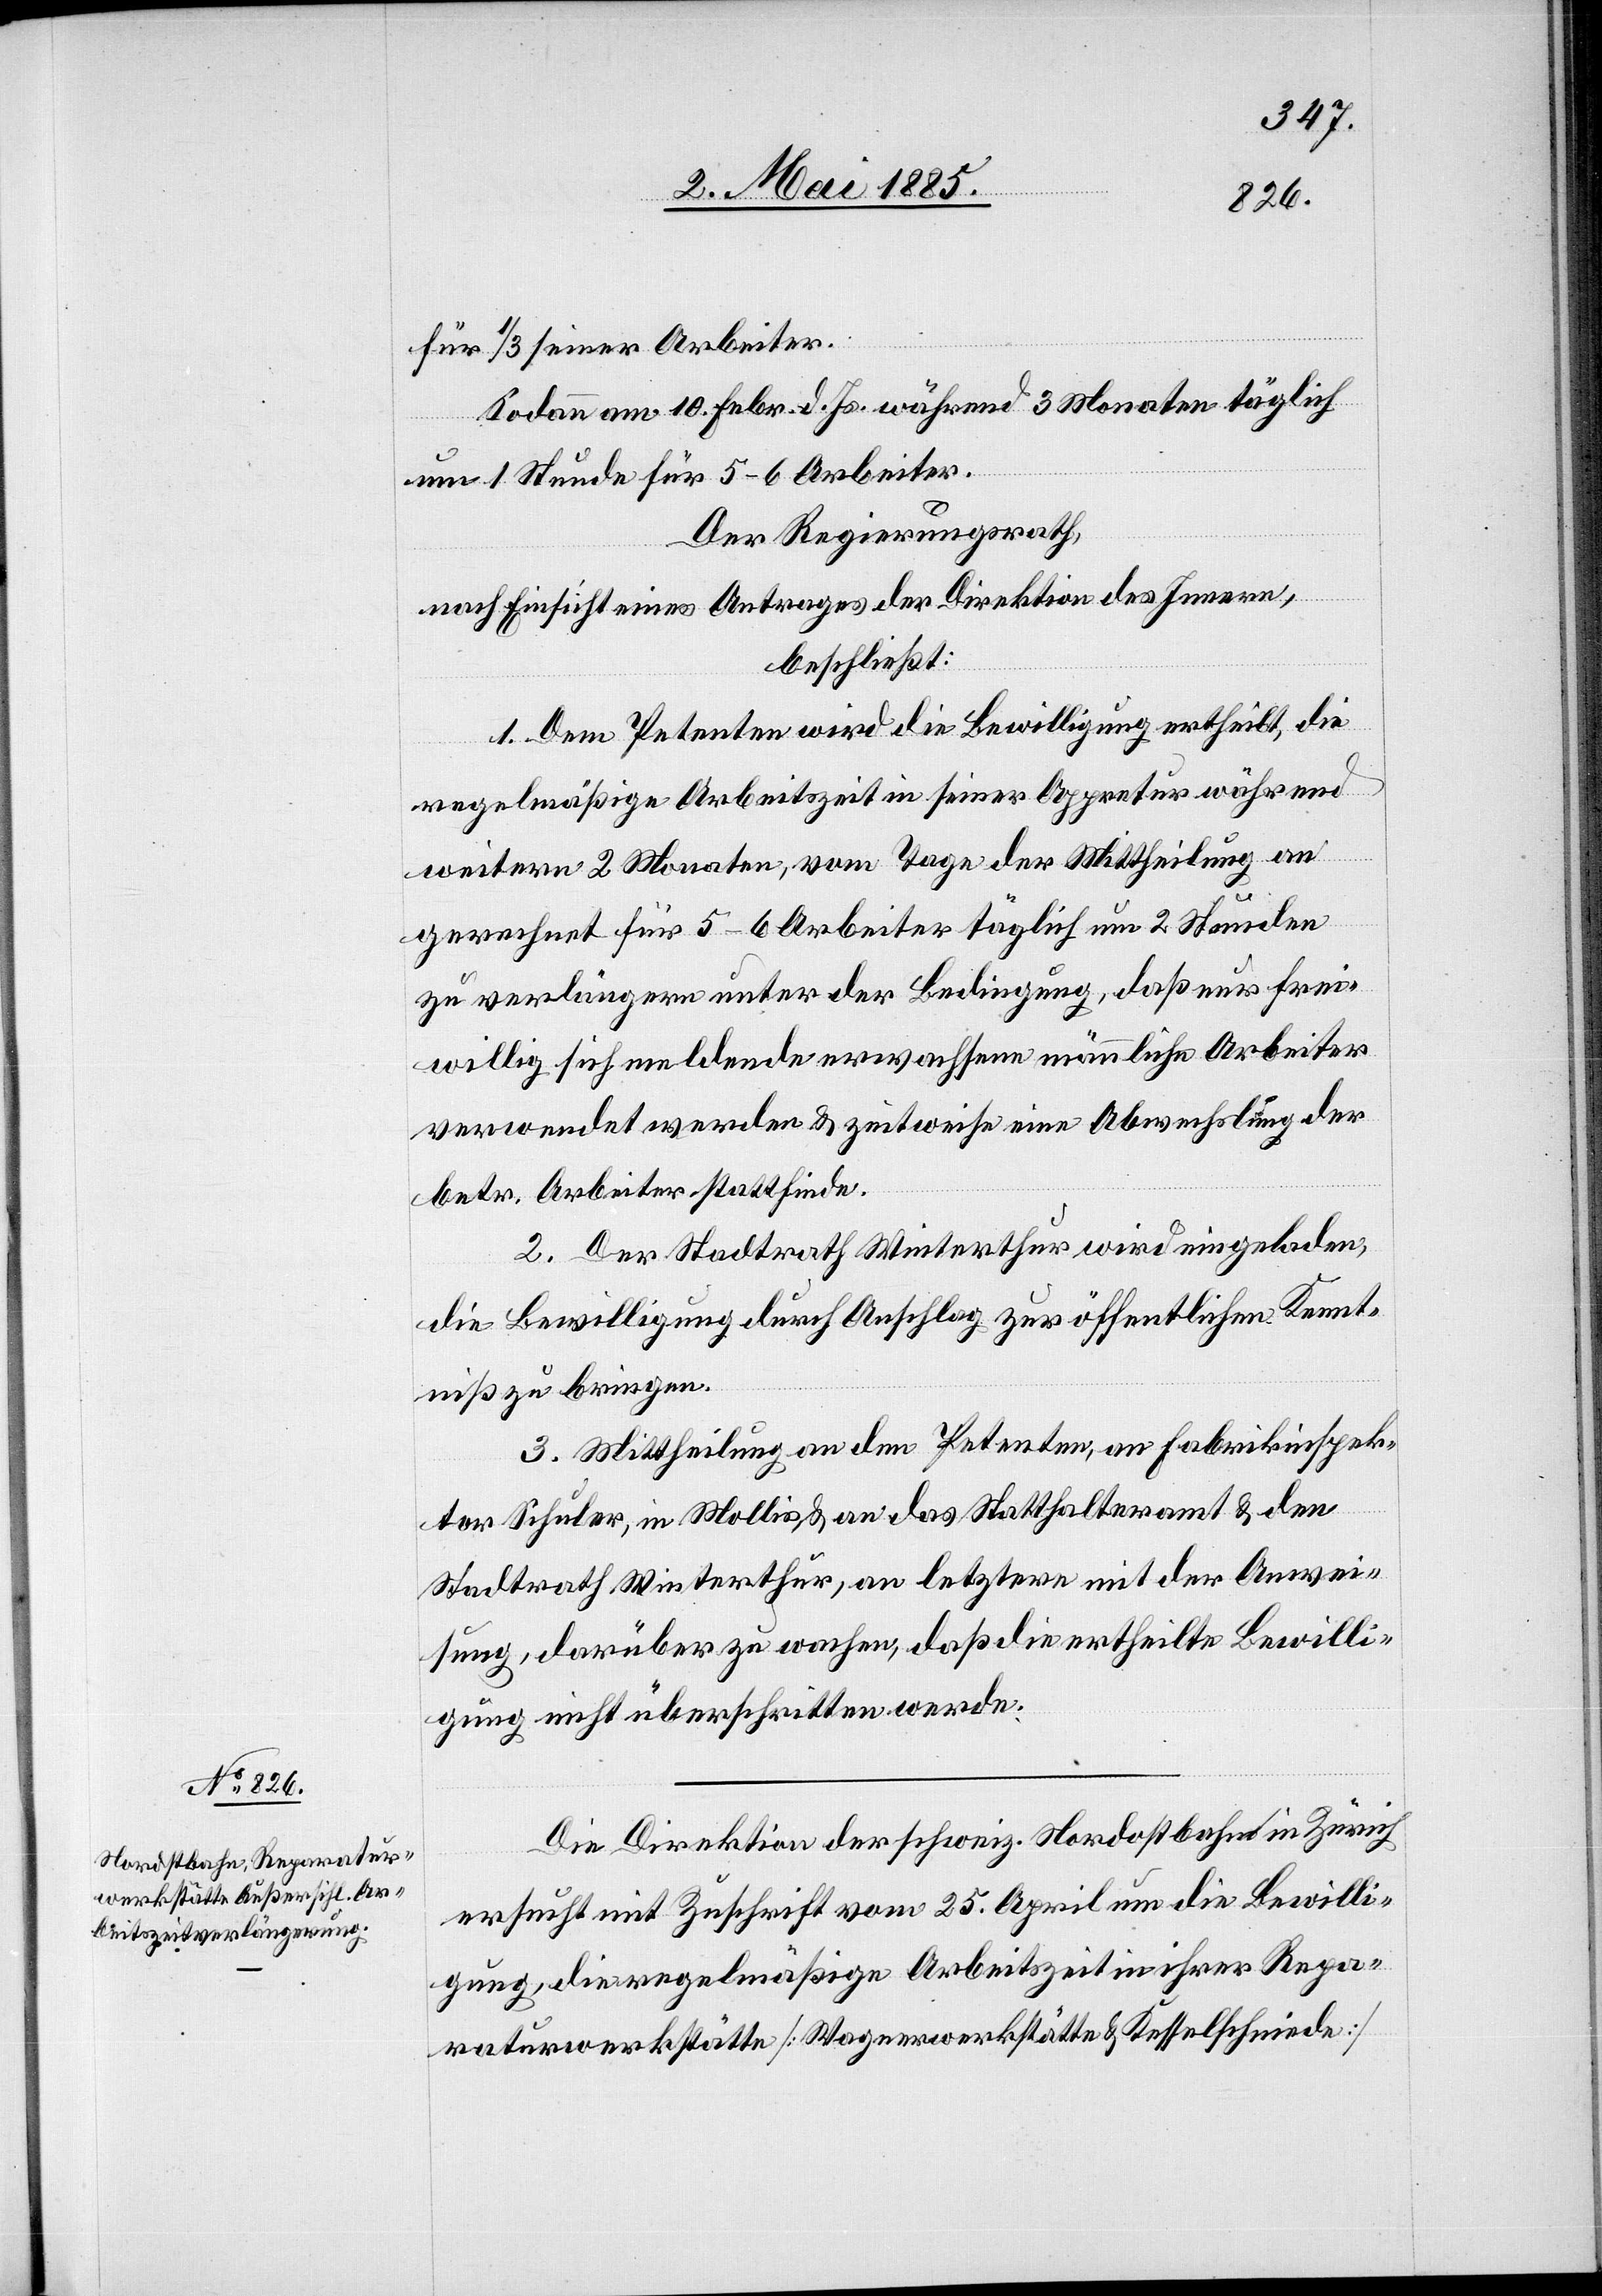
für 1/3 seiner Arbeiter.
Sodann am 10. Febr. d. Js. während 3 Monaten täglich
um 1 Stunde für 5–6 Arbeiter.
Der Regierungsrath,
nach Einsicht eines Antrages der Direktion des Innern,
beschließt:
1. Dem Petenten wird die Bewilligung ertheilt, die
regelmäßige Arbeitszeit in seiner Appretur während
weitern 2 Monaten, vom Tage der Mittheilung an
gerechnet für 5–6 Arbeiter täglich um 2 Stunden
zu verlängern unter der Bedingung, daß nur frei¬
willig sich meldende erwachsene männliche Arbeiter
verwendet werden & zeitweise eine Abwechslung der
betr. Arbeiter stattfinde.
2. Der Stadtrath Winterthur wird eingeladen,
die Bewilligung durch Anschlag zur öffentlichen Kennt¬
niß zu bringen.
3. Mittheilung an den Petenten, an Fabrikinspek¬
tor Schuler, in Mollis & an das Statthalteramt & den
Stadtrath Winterthur, an letztern mit der Anwei¬
sung, darüber zu wachen, daß die ertheilte Bewilli¬
gung nicht überschritten werde.
Die Direktion der schweiz. Nordostbahn in Zürich
ersucht mit Zuschrift vom 25. April um die Bewilli¬
gung, die regelmäßige Arbeitszeit in ihrer Repa¬
raturwerkstätte [Wagenwerkstätte & Kesselschmiede]